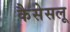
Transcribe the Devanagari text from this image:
कैसेसलू